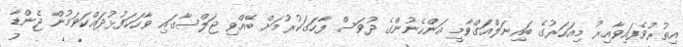
އިތުރުވެފައިވާއިރު މިއަހަރުގެ ބައިނަލްއަގްވާމީ އަންހެނުންގެ ދުވަސް ފާހަގަކުރުމަށް ބޭއްވި ޖަލްސާގައި ވާހަކަފުޅުދައްކަވަމުން ޖެންޑާ